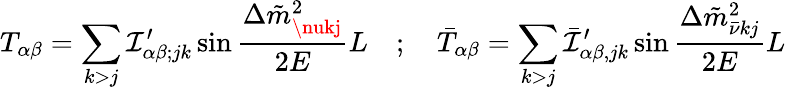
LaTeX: T_{\alpha\beta}=\sum_{k>j}\mathcal{I}_{\alpha\beta;jk}^{\prime}\sin\frac{{\Delta\tilde{{m}}_{\nukj}^{2}}}{{2E}}L\quad;\quad\bar{{T}}_{\alpha\beta}=\sum_{k>j}\bar{{\mathcal{I}}}_{\alpha\beta,jk}^{\prime}\sin\frac{{\Delta\tilde{{m}}_{\bar{{\nu}}kj}^{2}}}{{2E}}L